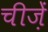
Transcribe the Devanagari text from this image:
चीजे़ं